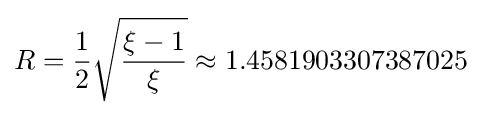
R={\frac {1}{2}}{\sqrt {\frac {\xi -1}{\xi }}}\approx 1.4581903307387025